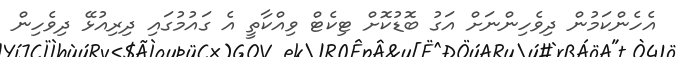
އެހެންކަމުން ދިވެހިންނަށް އަގު ބޮޑުކޮށް ޓިކެޓް ވިއްކާތީ އެ ގައުމުގައި ދިރިއުޅޭ ދިވެހިން